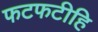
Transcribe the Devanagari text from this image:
फटफटीहि